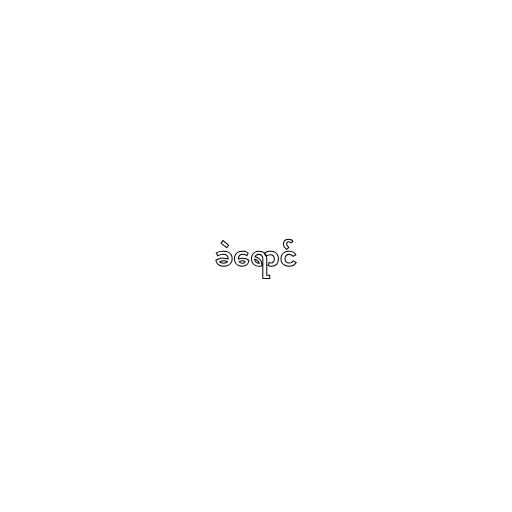
ခဲရောင်